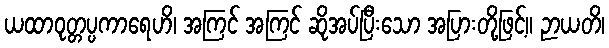
ယထာဝုတ္တပ္ပကာရေဟိ၊ အကြင် အကြင် ဆိုအပ်ပြီးသော အပြားတို့ဖြင့်။ ဉာယတိ၊